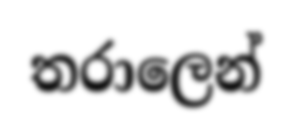
තරාලෙන්